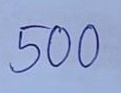
500